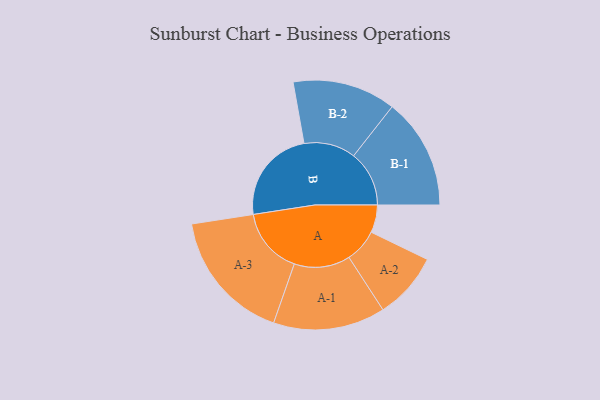
{"axis": {"x": "Segment", "y": "Value"}, "legend": ["", "A", "B"], "data": [{"x": "A", "y": 121, "type": ""}, {"x": "B", "y": 415, "type": ""}, {"x": "A-1", "y": 245, "type": "A"}, {"x": "A-2", "y": 146, "type": "A"}, {"x": "A-3", "y": 290, "type": "A"}, {"x": "B-1", "y": 243, "type": "B"}, {"x": "B-2", "y": 226, "type": "B"}]}